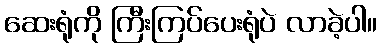
ဆေးရုံကို ကြီးကြပ်ပေးရုံပဲ လာခဲ့ပါ။